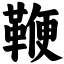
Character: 鞭